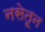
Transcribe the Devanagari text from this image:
नसेतून